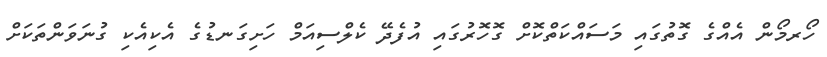
ހޯރމޯން އެއްގެ ގޮތުގައި މަސައްކަތްކޮށް ގޮހޮރުގައި އުފެދޭ ކެލްސިއަމް ހަށިގަނޑުގެ އެކިއެކި ގުނަވަންތަކަށް